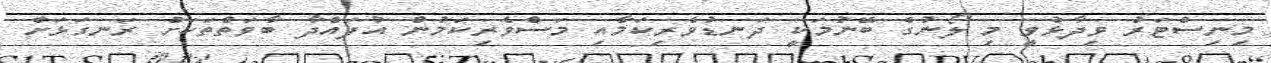
މިނިސްޓަރު ވިދާޅުވީ މި ލޯނުގެ ބޭނުމަކީ ދަނޑުވެރިކަމާއި މަސްވެރިކަމުން އުފައްދާ ބާވަތްތަކަށް ރަނގަޅަށް